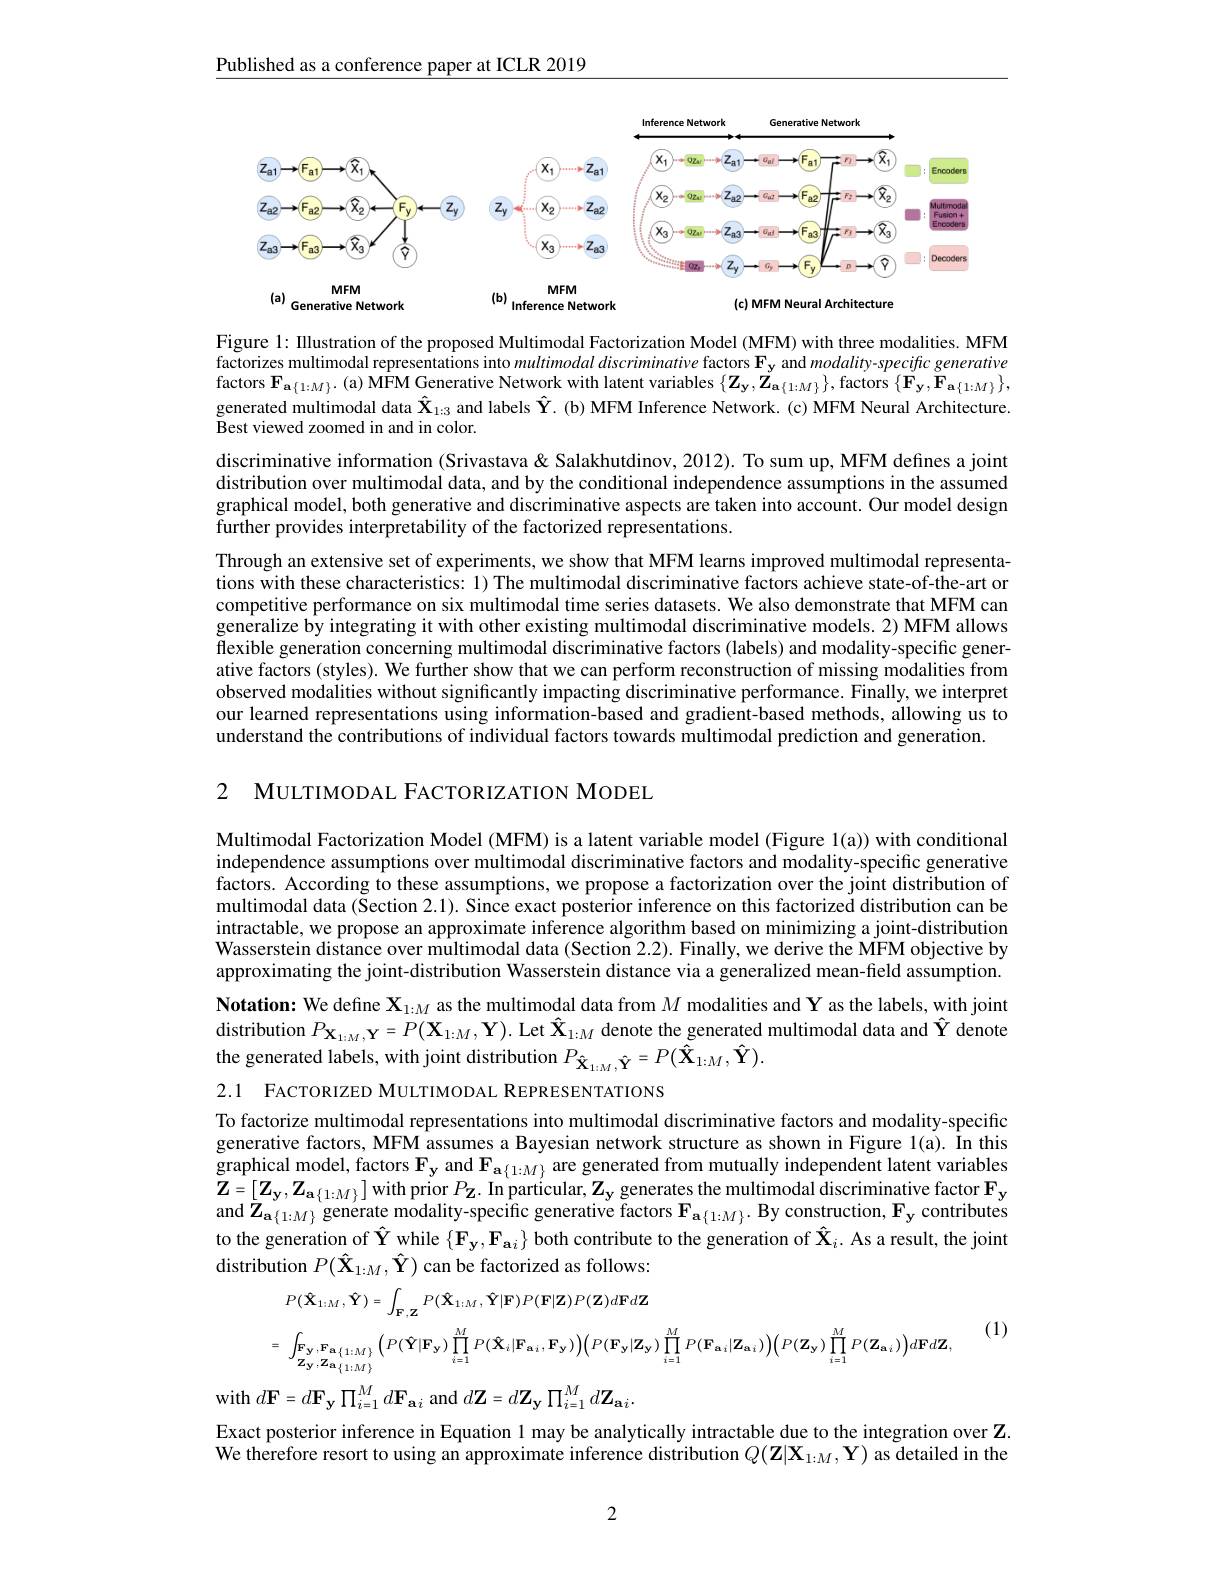
Published as a conference paper at ICLR 2019

<FigureHere>

Figure 1: Illustration of the proposed Multimodal Factorization Model (MFM) with three modalities. MFM factorizes multimodal representations into $multimodal\textit{discriminative factors F}_{\mathbf{y}}$ and modality-specific generative factors $\mathbf{F}_{\mathbf{a}\{1:M\}}.$ (a) M$\dot{\mathbf{FM}}$ Generative Network with latent variables $\left\{\mathbf{Z}_{\mathbf{y}},\mathbf{Z}_{\mathbf{a}\{1:M\}}\right\}$, factors $\left\{\mathbf{F}_{\mathbf{y}},\mathbf{F}_{\mathbf{a}\{1:M\}}\right\}$, generated multimodal data $\hat{\mathbf{X}}_{1:3}$ and labels $\hat{\mathbf{Y}}.$ (b) MFM Inference Network. (c) MFM Neural Architecture Best viewed zoomed in and in color.
discriminative information (Srivastava& Salakhutdinov, 2012). To sum up, MFM defınes a joint distribution over multimodal data, and by the conditional independence assumptions in the assumed graphical model, both generative and discriminative aspects are taken into account. Our model design further provides interpretability of the factorized representations.
Through an extensive set of experiments, we show that MFM learns improved multimodal representations with these characteristics: 1) The multimodal discriminative factors achieve state-of-the-art or competitive performance on six multimodal time series datasets. We also demonstrate that MFM can generalize by integrating it with other existing multimodal discriminative models. 2) MFM allows flexible generation concerning multimodal discriminative factors (labels) and modality-specific generative factors (styles). We further show that we can perform reconstruction of missing modalities from observed modalities without significantly impacting discriminative performance. Finally, we interpret our learned representations using information-based and gradient-based methods, allowing us to understand the contributions of individual factors towards multimodal prediction and generation.

2 MULTIMODAL FACTORIZATION MODEL

Multimodal Factorization Model (MFM) is a latent variable model (Figure 1(a)) with conditional independence assumptions over multimodal discriminative factors and modality-specific generative $\hat{\text{factors. According to these assumptions, we propose a factorization over the joint distribution of}}$ multimodal data (Section 2.1). Since exact posterior inference on this factorized distribution can be intractable, we propose an approximate inference algorithm based on minimizing a joint-distribution Wasserstein distance over mûltimodal data (Section 2.2). Finally, we derive the MFM objective by approximating the joint-distribution Wasserstein distance via a generalized mean-field assumption.

Notation: We define $\mathbf{X}_{1:M}$ as the multimodal data from $M$ modalities and Y as the labels, with joint distribution $P_{\mathbf{X}_{1:M},\mathbf{Y}}=P(\mathbf{X}_{1:M},\mathbf{Y}).$ Let $\hat{\mathbf{X}}_{1:M}$ denote the generated multimodal data and $\hat{\mathbf{Y}}$ denote the generated labels, with joint distribution $P_{\hat{\mathbf{X}}_{1:M},\hat{\mathbf{Y}}}=P(\tilde{\mathbf{X}}_{1:M},\hat{\mathbf{Y}}).$

2.1 FACTORIZED MULTIMODAL REPRESENTATIONS

To factorize multimodal representations into multimodal discriminative factors and modality-specific generative factors, MFM assumes a Bayesian network structure as shown in Figure l(a). In this graphical model, factors $\mathbf{F}_{\mathbf{y}}$ and $\mathbf{F}_{\mathbf{a}\{1:M\}}$ are generated from mutually independent latent variables $\mathbf{Z}=\begin{bmatrix}\mathbf{Z}_{\mathbf{y}},\mathbf{Z}_{\mathbf{a}\{1:M\}}\end{bmatrix}$with prior $P_\mathbf{Z}.$ In particular$,\mathbf{Z}_\mathbf{y}$ generates the multimodal discriminative factor $\mathbf{F}_\mathbf{y}$ and $\tilde{\mathbf{Z}}_{\mathbf{a}\{1:M\}}$ generate modality-specific generative factors $\mathbf{F}_\mathbf{a}_{\{1:M\}}.$ By construction, $\mathbf{F}_\mathbf{y}$ contributes to the generation of $\hat{\mathbf{Y}}$ while $\{\mathbf{F_y},\mathbf{F_{ai}}\}$ both contribute to the generation of $\hat{\mathbf{X}}_i.$ As a result, the joint distribution $P(\hat{\mathbf{X}}_{1:M},\hat{\mathbf{Y}})$ can be factorized as follows:

(1)
$$\begin{aligned}&P(\hat{\mathbf{X}}_{1:M},\hat{\mathbf{Y}})=\int_{\mathbf{F},\mathbf{Z}}P(\hat{\mathbf{X}}_{1:M},\hat{\mathbf{Y}}|\mathbf{F})P(\mathbf{F}|\mathbf{Z})P(\mathbf{Z})d\mathbf{F}d\mathbf{Z}\\&=\int_{\mathbf{Z}_{\mathbf{y}},\mathbf{Z}_{\mathbf{a},\{1:M\}}}\Big(P(\hat{\mathbf{Y}}|\mathbf{F}_{\mathbf{y}})\prod_{i=1}^{M}P(\hat{\mathbf{X}}_{i}|\mathbf{F}_{\mathbf{a},i},\mathbf{F}_{\mathbf{y}})\Big)\Big(P(\mathbf{F}_{\mathbf{y}}|\mathbf{Z}_{\mathbf{y}})\prod_{i=1}^{M}P(\mathbf{F}_{\mathbf{a},i}|\mathbf{Z}_{\mathbf{a},i})\Big)\Big(P(\mathbf{Z}_{\mathbf{y}})\prod_{i=1}^{M}P(\mathbf{Z}_{\mathbf{a},i})\Big)d\mathbf{F}d\mathbf{Z},\\\end{aligned}$$
${\mathrm{with~}}d\mathbf{F} = d\mathbf{F} _{\mathbf{y} }\prod _{i= 1}^{M}d\mathbf{F} _{\mathbf{a} i}$ and$d\mathbf{Z}=d\mathbf{Z}_{\mathbf{y}}\prod_{i=1}^{M}d\mathbf{Z}_{\mathbf{a}i}.$
Exact posterior inference in Equation 1 may be analytically intractable due to the integration over Z. We therefore resort to using an approximate inference distribution $Q(\mathbf{Z}|\mathbf{X}_{1:M},\mathbf{Y})$ as detailed in the

2